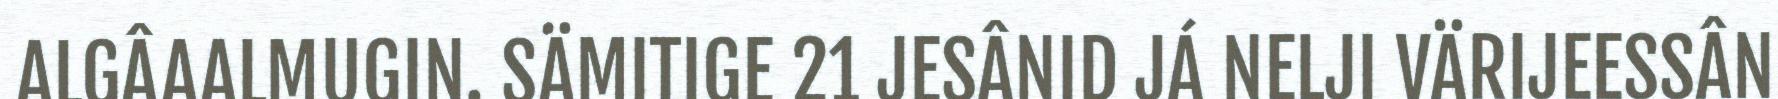
ALGÂAALMUGIN. SÄMITIGE 21 JESÂNID JÁ NELJI VÄRIJEESSÂN